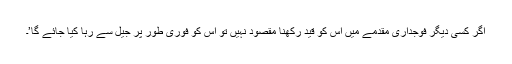
اگر کسی دیگر فوجداری مقدمے میں اس کو قید رکھنا مقصود نہیں تو اس کو فوری طور پر جیل سے رہا کیا جائے گا’۔